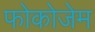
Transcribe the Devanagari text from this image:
फोकोजेम